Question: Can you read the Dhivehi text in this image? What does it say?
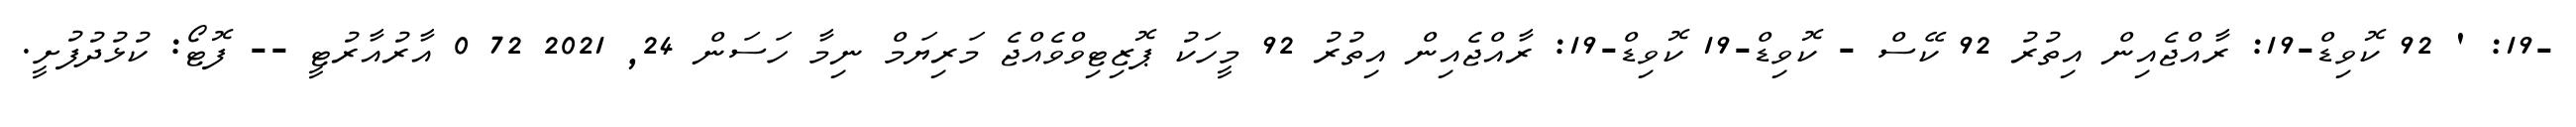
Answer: -19: ' 92 ކޮވިޑް-19: ރާއްޖެއިން އިތުރު 92 ކޭސް - ކޮވިޑް-19 ކޮވިޑް-19: ރާއްޖެއިން އިތުރު 92 މީހަކު ޕޮޒިޓިވްވެއްޖެ މަރިޔަމް ނިމާ ހަސަން 24, 2021 72 0 އާރުއާރުޓީ -- ފޮޓޯ: ކުޅުދުފުށީ.